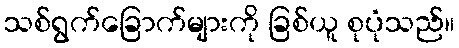
သစ်ရွက်ခြောက်များကို ခြစ်ယူ စုပုံသည်။